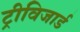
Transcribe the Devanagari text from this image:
ट्रीविजार्ड